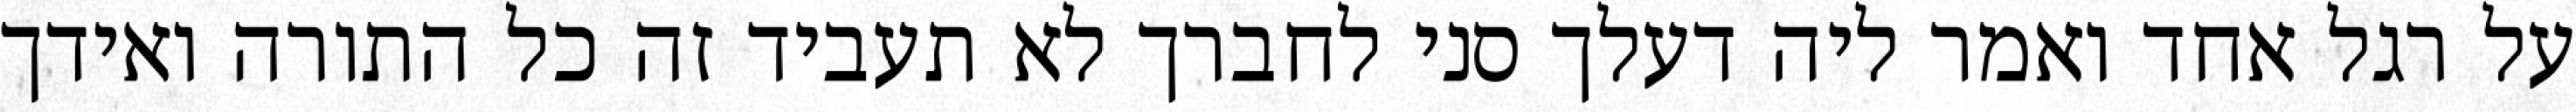
על רגל אחד ואמר ליה דעלך סני לחברך לא תעביד זה כל התורה ואידך